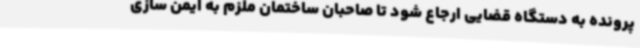
پرونده به دستگاه قضایی ارجاع شود تا صاحبان ساختمان ملزم به ایمن سازی